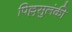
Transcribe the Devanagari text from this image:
पिल्लसुलंकी